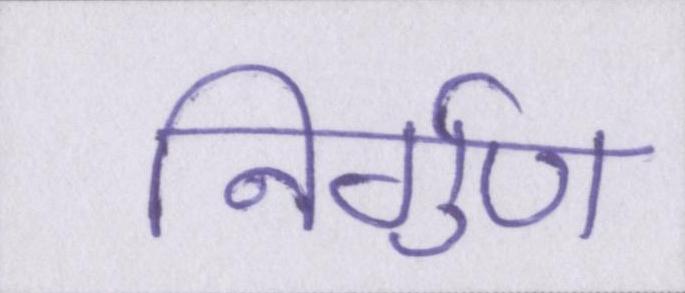
निर्गुण